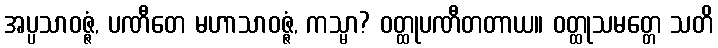
အပ္ပသာဝဇ္ဇံ, ပဏီတေ မဟာသာဝဇ္ဇံ, ကသ္မာ? ဝတ္ထုပဏီတတာယ။ ဝတ္ထုသမတ္တေ သတိ